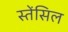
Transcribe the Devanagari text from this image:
स्तेंसिल